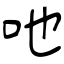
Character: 吔